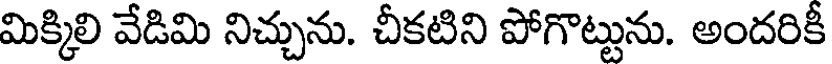
మిక్కిలి వేడిమి నిచ్చును. చీకటిని పోగొట్టును. అందరికీ